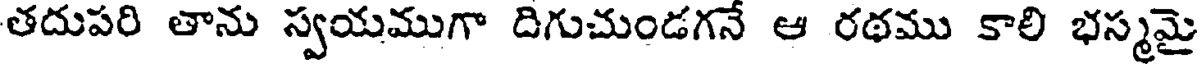
తదుపరి తాను స్వయముగా దిగుచుండగనే ఆ రథము కాలి భస్మమై